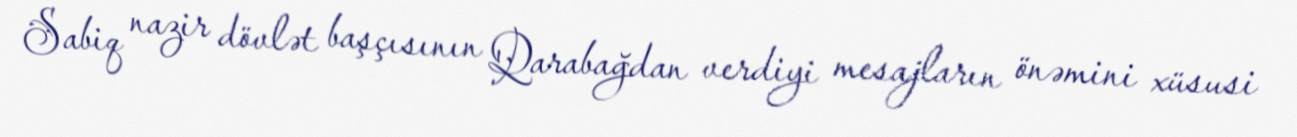
Sabiq nazir dövlət başçısının Qarabağdan verdiyi mesajların önəmini xüsusi